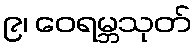
၉၊ ဝေရမ္ဘသုတ်